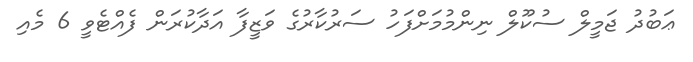
ޢަބުދު ޖަމީލް ސުކޫލް ނިންމުމަށްފަހު ސަރުކާރުގެ ވަޒީފާ އަދާކުރަން ފެއްޓެވީ 6 މެއި